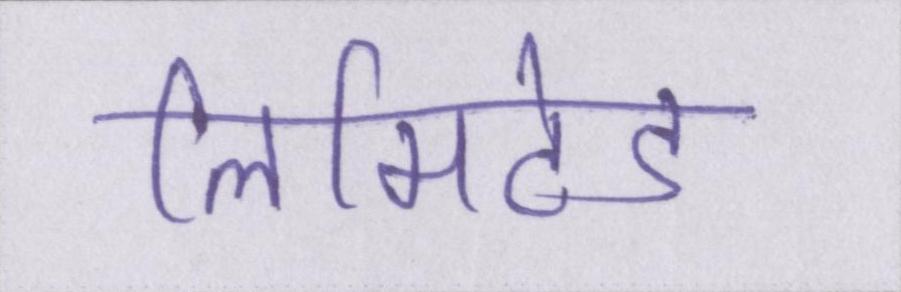
लिमिटेड